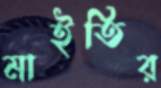
মাইতির